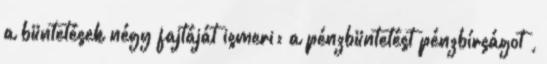
a büntetések négy fajtáját ismeri: a pénzbüntetést pénzbírságot ,